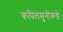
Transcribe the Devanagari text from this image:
कपिलमुनींकडे